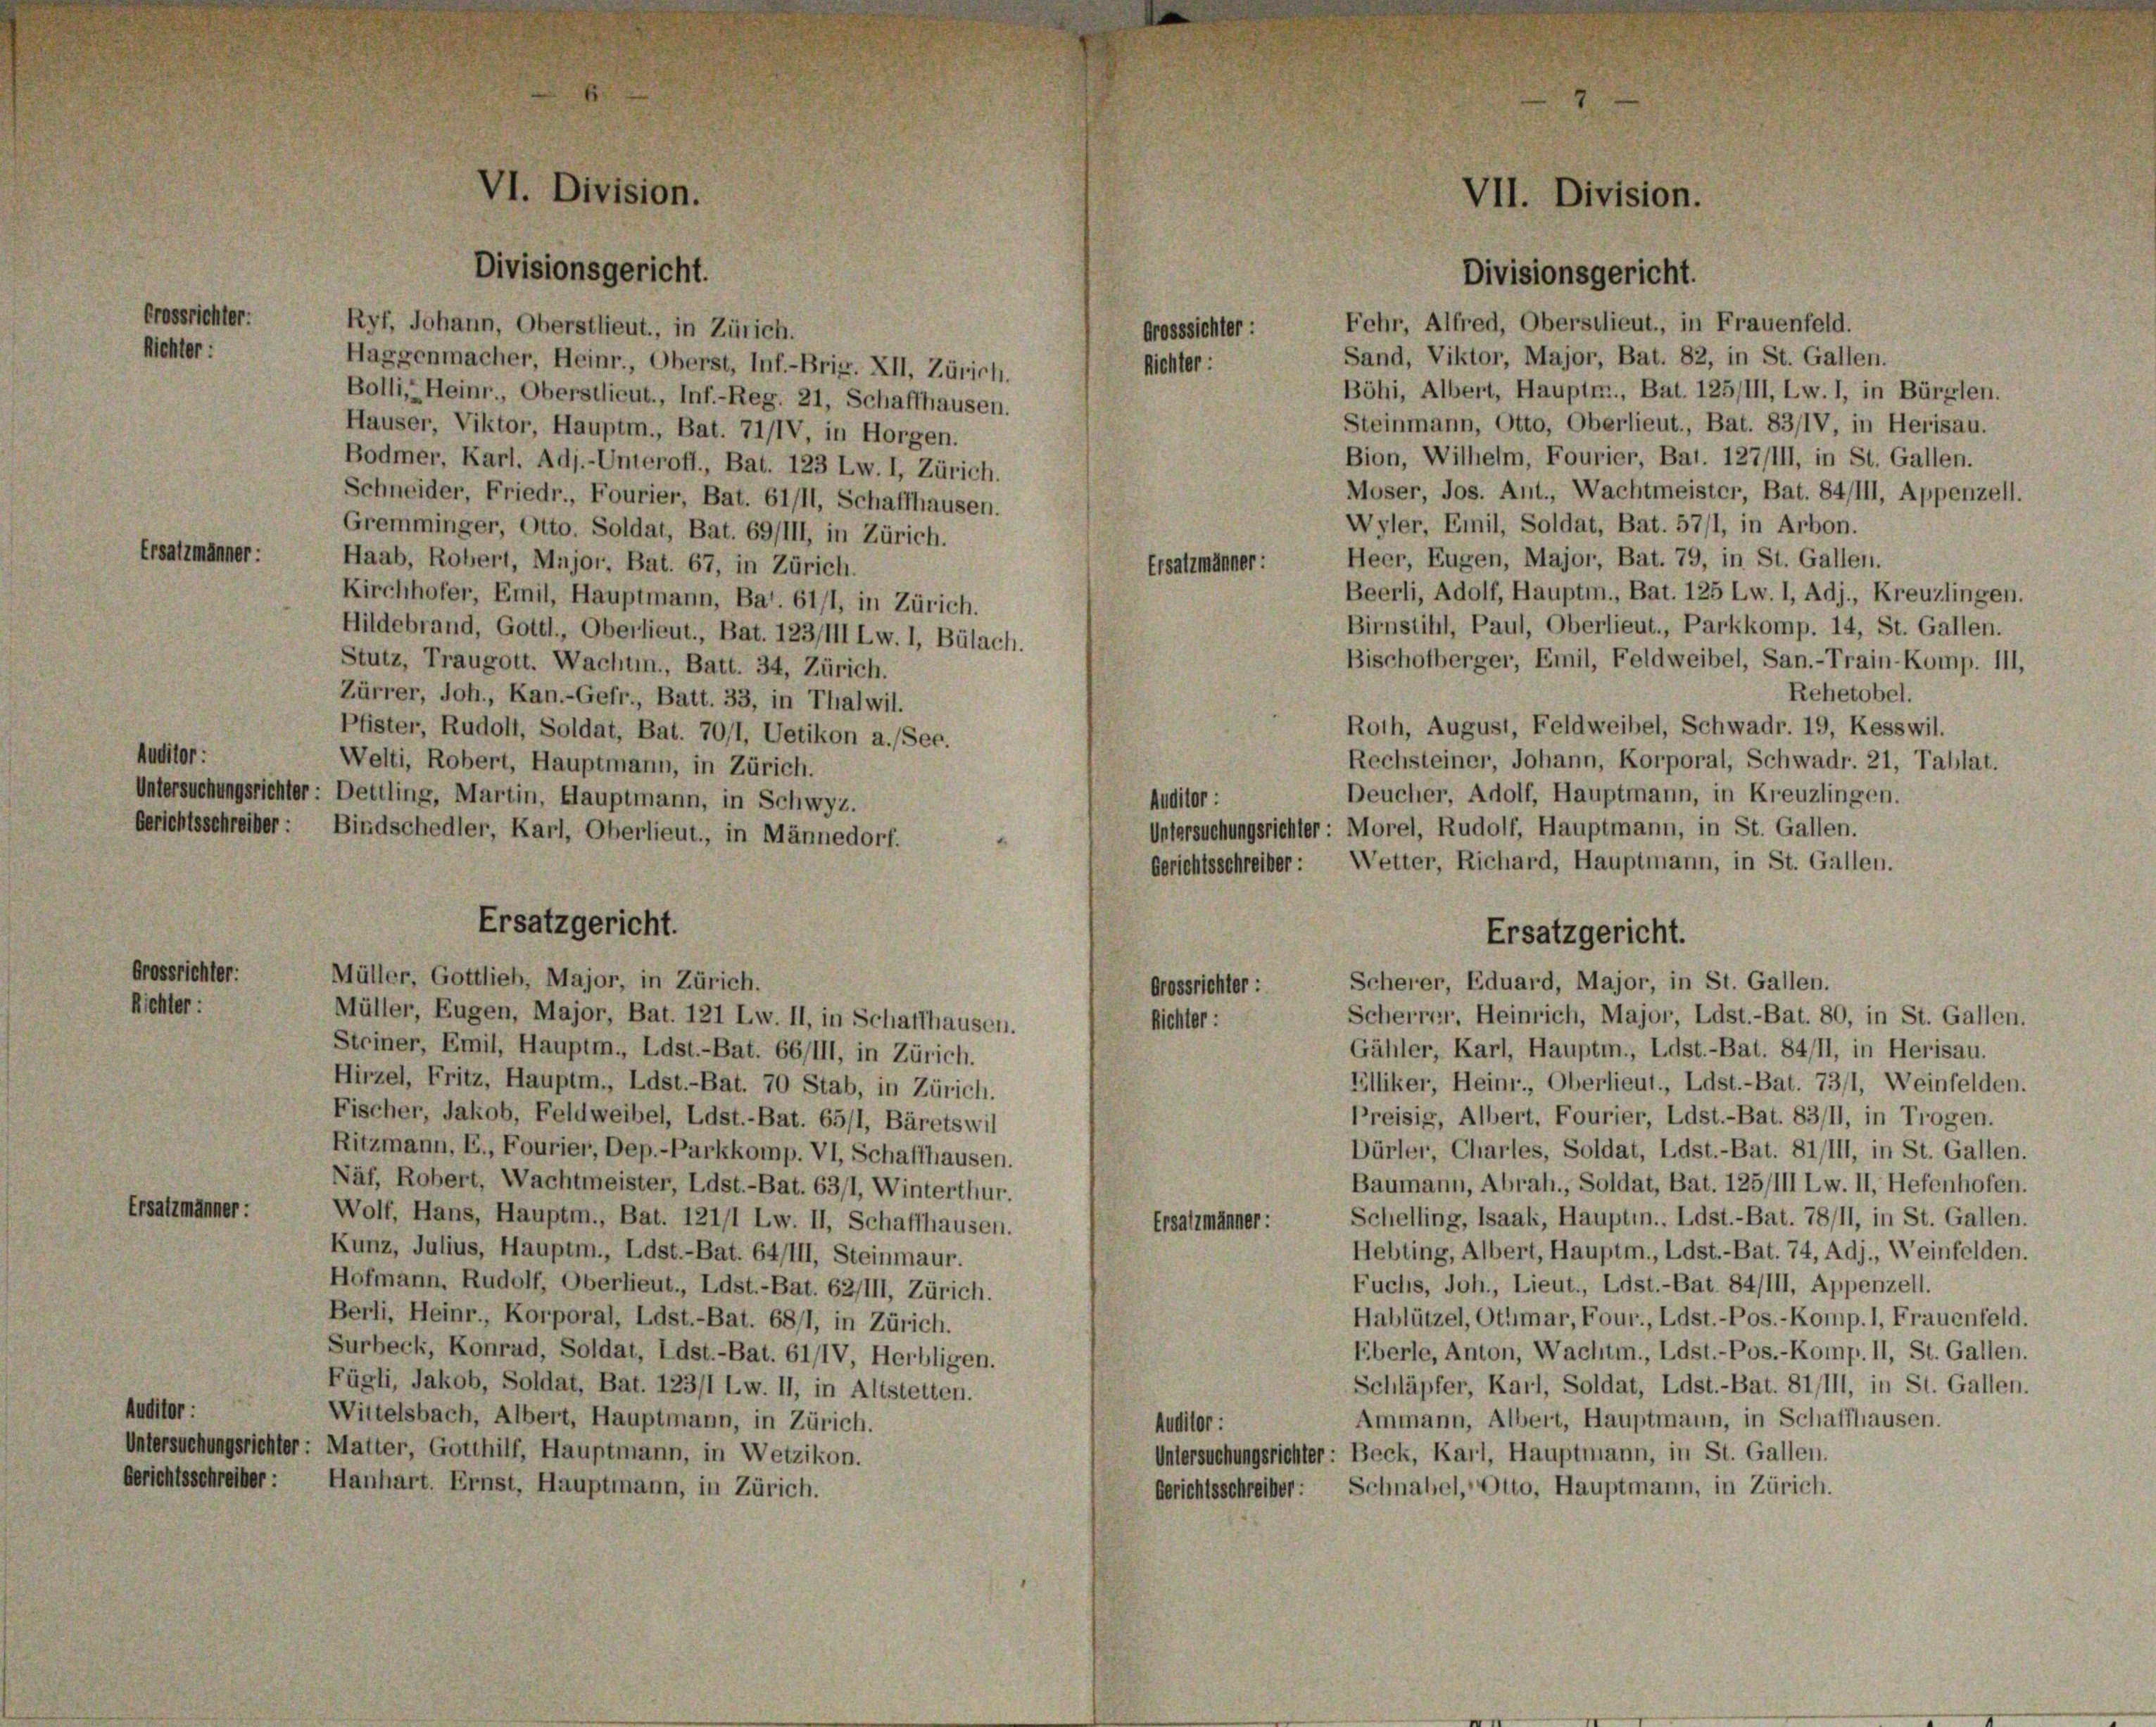
rsatzmänner:

srichter:
Fehr, Alfred, Oberstlieut., in Frauenfeld.
Ryf, Johann, Oberstlieut., in Zürich.
Grosssichter :
br:
Sand, Viktor, Major, Bat. 82, in St. Gallen.
Haggenmacher, Heinr., Oberst, Inf.-Brig. XII, Zürich.
Böhi, Albert, Hauptr., Bat. 125/III, Lw. 1, in Bürglen.
Bolli, Heinr., Oberstlieut., Inf.-Reg. 21, Schaffhausen.
Steinmann, Otto, Oberlieut., Bat. 83/IV, in Herisau.
Hauser, Viktor, Hauptm., Bat. 71/IV, in Horgen.
Bion, Wilhelm, Fourier, Bat. 127/III, in St. Gallen.
Bodmer, Karl. Adj.-Unteroff, Bat. 123 Lw. 1, Zürich.
Moser, Jos. Ant., Wachtmeister, Bat. 84/111, Appenzell.
Schneider, Friedr., Fourier, Bat. 61/11, Schaffhausen.
Wyler, Emil, Soldat, Bat. 57/1, in Arbon.
Gremminger, Otto. Soldat, Bat. 69/III, in Zürich.
Heer, Eugen, Major, Bat. 79, in St. Gallen.
Haab, Robert, Major, Bat. 67, in Zürich.
Ersatzmänner:
Beerli, Adolf, Hauptm., Bat. 125 Lw. 1, Adj., Kreuzlingen.
Kirchhofer, Emil, Hauptmann, Bar. 61/1, in Zürich.
Birnstihl, Paul, Oberlieut., Parkkomp. 14, St. Gallen.
Hildebrand, Gottl., Oberlieut., Bat. 123/111 Lw. 1, Bülach.
Bischofberger, Emil, Feldweibel, San.-Train-Komp. III,
Stutz, Traugott. Wachun., Batt. 34, Zürich.
Rehetobel.
Zürrer, Joh., Kan.-Gefr., Batt. 33, in Thalwil.
Roth, August, Feldweibel, Schwadr. 19, Kesswil.
Pfister, Rudolt, Soldat, Bat. 70/1, Uetikon a. (Sec.
:
Rechsteiner, Johann, Korporal, Schwadr. 21, Tablat.
Welti, Robert, Hauptmann, in Zürich.
Deucher, Adolf, Hauptmann, in Kreuzlingen.
Mehungsrichter: Dettling, Martin, Hauptmann, in Schwyz.
Auditor :
Untersuchungsrichter: Morel, Rudolf, Hauptmann, in St. Gallen.
tsschreiber: Bindschedler, Karl, Oberlieut., in Männedorf.
berichtsschreiber: Wetter, Richard, Hauptmann, in St. Gallen.
Ersatzgericht.
Ersatzgericht.

VI. Division

Divisionsgericht.

Müller, Eugen, Major, Bat. 121 Lw. II, in Schafthausen.

ssrichter.
Müller, Gottlieb, Major, in Zürich.
chter:
Steiner, Emil, Hauptm., Ldst.-Bat. 66/III, in Zürich.
Hirzel, Fritz, Hauptm., Ldst.-Bat. 70 Stab, in Zürich.
Fischer, Jakob, Feldweibel, Ldst.-Bat. 65/1, Bäretswil
Ritzmann, E., Fourier, Dep.-Parkkomp. VI, Schaffhausen.
Näf, Robert, Wachtmeister, Ldst.-Bat. 63/1, Winterthur.
satzmänner:
Wolf, Hans, Hauptm., Bat. 121/1 Lw. II, Schaffhausen.
Kunz, Julius, Hauptm., Ldst.-Bat. 64/III, Steinmaur.
Hofmann, Rudolf, Oberlieut., Ldst.-Bat. 62/111, Zürich.
Berli, Heinr., Korporal, Ldst.-Bat. 68/1, in Zürich.
Surbeck, Konrad, Soldat, Ldst.-Bat. 61/IV, Herbligen.
Fügli, Jakob, Soldat, Bat. 123/1 Lw. II, in Altstelten.
Hitor :
Wittelsbach, Albert, Hauptmann, in Zürich.
rsuchungsrichter: Matter, Gotthilf, Hauptmann, in Wetzikon.
ichtsschreiber: Hanhart. Ernst, Hauptmann, in Zürich.

Scherrer, Heinrich, Major, Ldst.-Bat. 80, in St. Gallen.
Gähler, Karl, Hauptm., Ldst.-Bat. 84/11, in Herisau.
Elliker, Heinr., Oberlieut., Ldst.-Bat. 73/1, Weinfelden.
Preisig, Albert, Fourier, Ldst.-Bat. 83/11, in Trogen.
Dürler, Charles, Soldat, Ldst.-Bat. 81/111, in St. Gallen.
Baumann, Abrah., Soldat, Bat. 125/III Lw. II, Hefenhofen.
Schelling, Isaak, Hauptin., Ldst.-Bat. 78/11, in St. Gallen.
Ersatzmänner:
Hebting, Albert, Hauptm., Ldst.-Bat. 74, Adj., Weinfelden.
Fuchs, Joh., Lieut., Ldst.-Bat. 84/111, Appenzell.
Hablützel, Ottimar, Four., Ldst.-Pos.-Komp. 1, Frauenfeld.
Eberle, Anton, Wachtm., Ldst.-Pos.-Komp. II, St. Gallen.
Schläpfer, Karl, Soldat, Ldst.-Bat. 81/111, in St. Gallen.
Ammann, Albert, Hauptmann, in Schaffhausen.
Auditor :
Untersuchungsrichter: Beck, Karl, Hauptmann, in St. Gallen.
Berichtsschreiber: Schnabel, Otto, Hauptmann, in Zürich.

Richter:

Grossrichter :
Richter:

VII. Division.

Divisionsgericht.

Scherer, Eduard, Major, in St. Gallen.